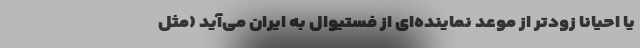
یا احیانا زودتر از موعد نماینده‌ای از فستیوال به ایران می‌آید (مثل